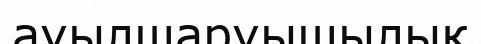
ауылшаруышылық